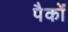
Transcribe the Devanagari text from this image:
पैकों